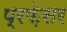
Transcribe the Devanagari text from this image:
प्रफ़ेसर